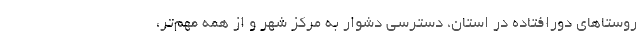
روستاهاي دورافتاده در استان، دسترسي دشوار به مركز شهر و از همه مهم‌تر،